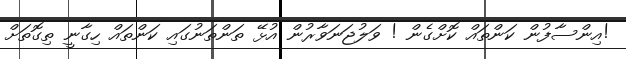
!އިންސާފުން ކަންތައް ކޮށްގެން ! ވަލުޖަނަވާރުން އުޅޭ ތަންތަނުގައި ކަންތައް ހިގާނީ ތިގޮތަށް